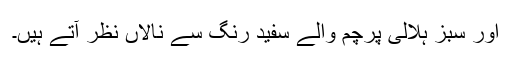
اور سبز ہلالی پرچم والے سفید رنگ سے نالاں نظر آتے ہیں۔